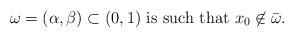
LaTeX: \begin{align*}\omega=(\alpha,\beta) \subset (0,1) \mbox{ is such that $x_0\not \in\bar \omega$}.\end{align*}